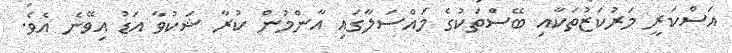
އަސްކަރީ މަރުކަޒުތަކާއި ބޭސްތަކުގެ މައްސަލާގައި އާންމުން ކުރާ ޝަކުވާ އަޑު އިވޭނެ އެވެ.